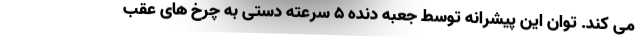
می کند. توان این پیشرانه توسط جعبه دنده ۵ سرعته دستی به چرخ های عقب